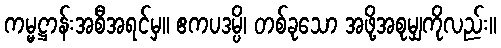
ကမ္မဋ္ဌာန်းအစီအရင်မှ။ ဧကပဒမ္ပိ၊ တစ်ခုသော အဖို့အစုမျှကိုလည်း။